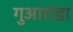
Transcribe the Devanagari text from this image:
गुआरांडा